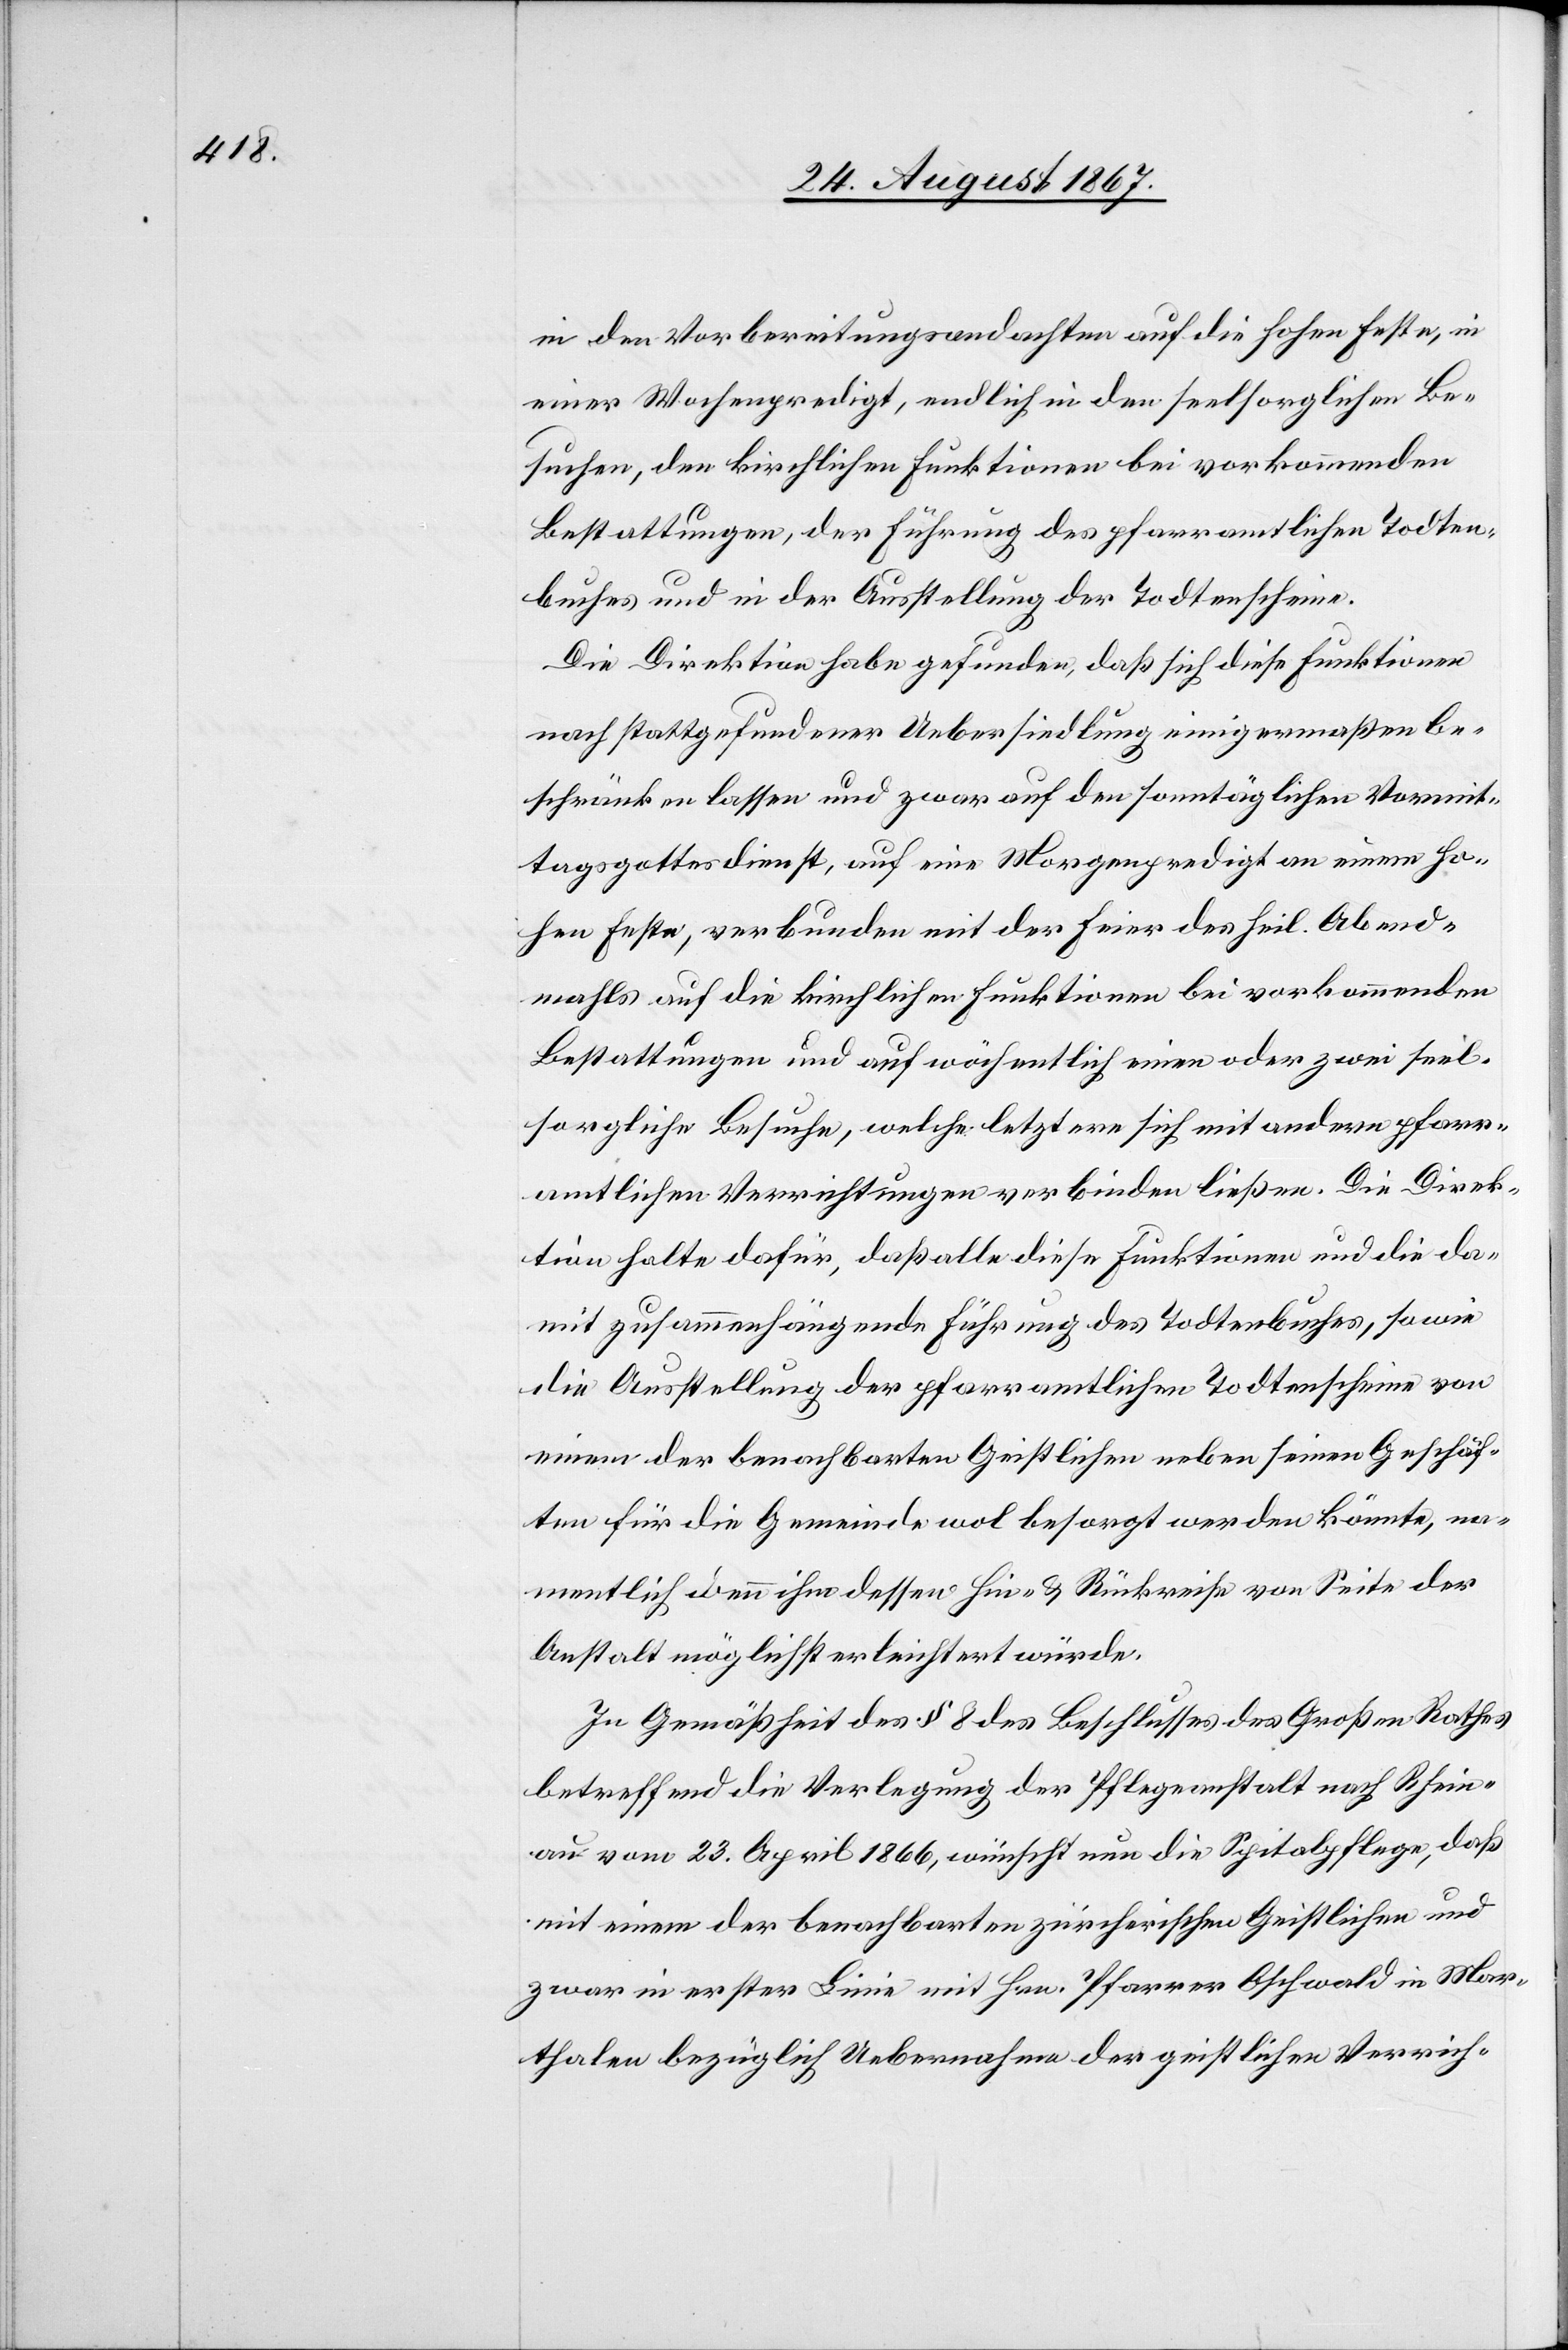
in den Vorbereitungsandachten auf die hohen Feste, in
einer Wochenpredigt, endlich in den seelsorglichen Be¬
suchen, den kirchlichen Funktionen bei vorkommenden
Bestattungen, der Führung des pfarramtlichen Todten¬
buches und in der Ausstellung der Todtenscheine.
Die Direktion habe gefunden, daß sich diese Funktionen
nach stattgefundener Uebersiedlung einigermaßen be¬
schränken lassen und zwar auf den sonntäglichen Vormit¬
tagsgottesdienst, auf eine Morgenpredigt an einem ho¬
hen Feste, verbunden mit der Feier des heil. Abend¬
mahls, auf die kirchlichen Funktionen bei vorkommenden
Bestattungen und auf wöchentlich einen oder zwei seel¬
sorgliche Besuche, welche letztere sich mit andern pfarr¬
amtlichen Verrichtungen verbinden ließen. Die Direk¬
tion halte dafür, daß alle diese Funktionen und die da¬
mit zusammenhängende Führung des Todtenbuches, sowie
die Ausstellung der pfarramtlichen Todtenscheine von
einer der benachbarten Geistlichen neben seinen Geschäf¬
ten für die Gemeinde wol besorgt werden könnte, na¬
mentlich wenn ihm dessen Hin- u. Rückreise von Seite der
Anstalt möglichst erleichtert würde.
In Gemäßheit des § 8 des Beschlusses des Großen Rathes
betreffend die Verlegung der Pfleganstalt nach Rhein¬
au vom 23. April 1866, wünscht nun die Spitalpflege, daß
mit einem der benachbarten zürcherischen Geistlichen und
zwar in erster Linie mit Hrn. Pfarrer Oschwald in Mar¬
thalen bezüglich Uebernahme der geistlichen Verrich-